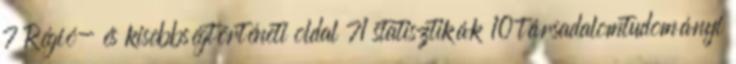
7 Régió- és kisebbségtörténeti oldal 71 statisztikák 10 társadalomtudományi